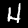
Digit: 4